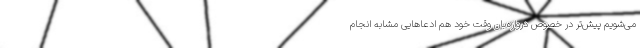
می‌شویم پیش‌تر در خصوص دروازه‌بان وقت خود هم ادعاهایی مشابه انجام